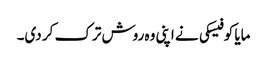
مایا کوفیسکی نے اپنی وہ روش ترک کر دی۔